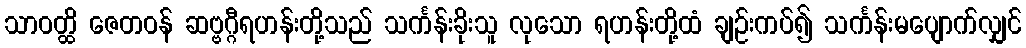
သာဝတ္ထိ ဇေတဝန် ဆဗ္ဗဂ္ဂီရဟန်းတို့သည် သင်္ကန်းခိုးသူ လုသော ရဟန်းတို့ထံ ချဉ်းကပ်၍ သင်္ကန်းမပျောက်လျှင်